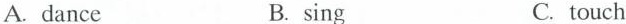
A.dance B.sing C.touch